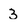
Character: 3